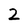
Character: 2